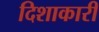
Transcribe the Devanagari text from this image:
दिशाकारी